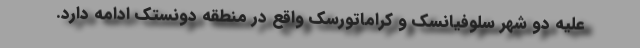
علیه دو شهر سلوفیانسک و کراماتورسک واقع در منطقه دونستک ادامه دارد.